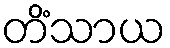
တိံသာယ